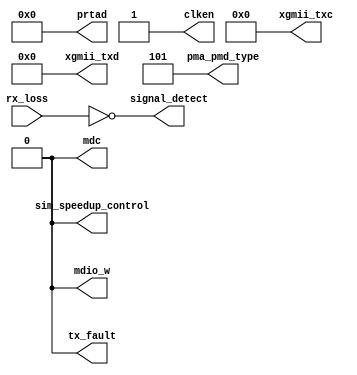

// Copyright (C) Akira Higuchi  ( https://github.com/ahiguti )
// Copyright (C) DeNA Co.,Ltd. ( https://dena.com )
// All rights reserved.
// See COPYRIGHT.txt for details


module eth_ctrl(
output wire mdc,
output wire mdio_w,
output wire [7:0] xgmii_txc,
output wire [63:0] xgmii_txd,
output wire [4:0] prtad,
output wire signal_detect,
input wire rx_loss,
output wire sim_speedup_control,
output wire [2:0] pma_pmd_type,
output wire tx_fault,
output wire clken
);

assign mdc = 0;
assign mdio_w = 0;
assign xgmii_txc = 0;
assign xgmii_txd = 0;
assign prtad = 0;
assign signal_detect = !rx_loss;
assign sim_speedup_control = 0;
assign pma_pmd_type = 5;
assign tx_fault = 0;
assign clken = 1;

endmodule